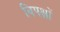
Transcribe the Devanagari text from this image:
विपक्षों